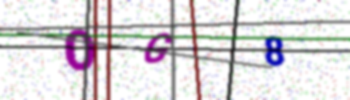
Text: OG8